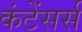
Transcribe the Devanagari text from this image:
कंटेंसर्स